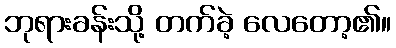
ဘုရားခန်းသို့ တက်ခဲ့ လေတော့၏။